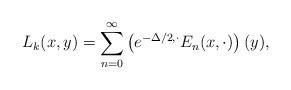
LaTeX: \begin{align*}L_k(x,y)=\sum_{n=0}^\infty \left(e^{-\Delta/2,\cdot}E_n(x,\cdot)\right)(y),\end{align*}